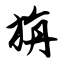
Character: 旃